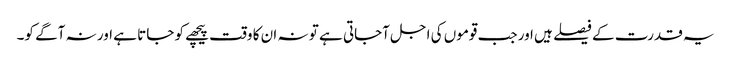
یہ قدرت کے فیصلے ہیں اور جب قوموں کی اجل آجاتی ہے تو نہ ان کا وقت پیچھے کو جاتا ہے اور نہ آگے کو۔